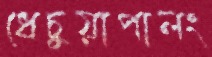
ধেচুয়াপালং